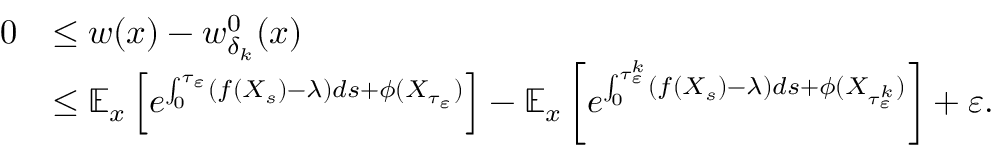
\begin{array} { r l } { 0 } & { \leq w ( x ) - w _ { \delta _ { k } } ^ { 0 } ( x ) } \\ & { \leq \mathbb { E } _ { x } \left[ e ^ { \int _ { 0 } ^ { \tau _ { \varepsilon } } ( f ( X _ { s } ) - \lambda ) d s + \phi ( X _ { \tau _ { \varepsilon } } ) } \right] - \mathbb { E } _ { x } \left[ e ^ { \int _ { 0 } ^ { \tau _ { \varepsilon } ^ { k } } ( f ( X _ { s } ) - \lambda ) d s + \phi ( X _ { \tau _ { \varepsilon } ^ { k } } ) } \right] + \varepsilon . } \end{array}